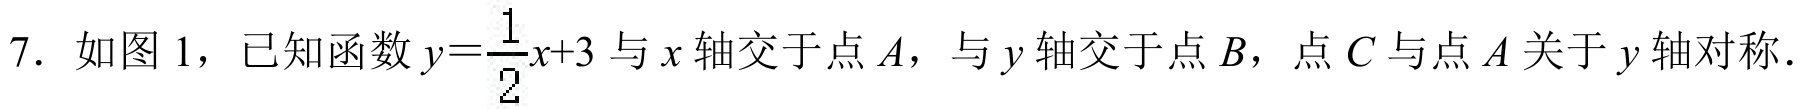
7. 如图 1，已知函数$y = \frac{1}{2}x + 3$与$x$轴交于点$A$，与$y$轴交于点$B$，点$C$与点$A$关于$y$轴对称．